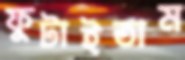
ফুটাইতাম